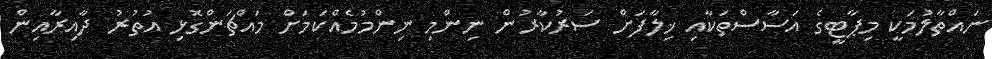
ނައްތާލުމަކީ މިޕާޓީގެ އަސާސްތަކާއި ޚިލާފަށް ސަރުކާރުން ނިންމި ނިންމުމެއްކަމަށް މައްޗަންގޮޅި އުތުރު ދާއިރާއިން